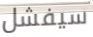
سيفشل